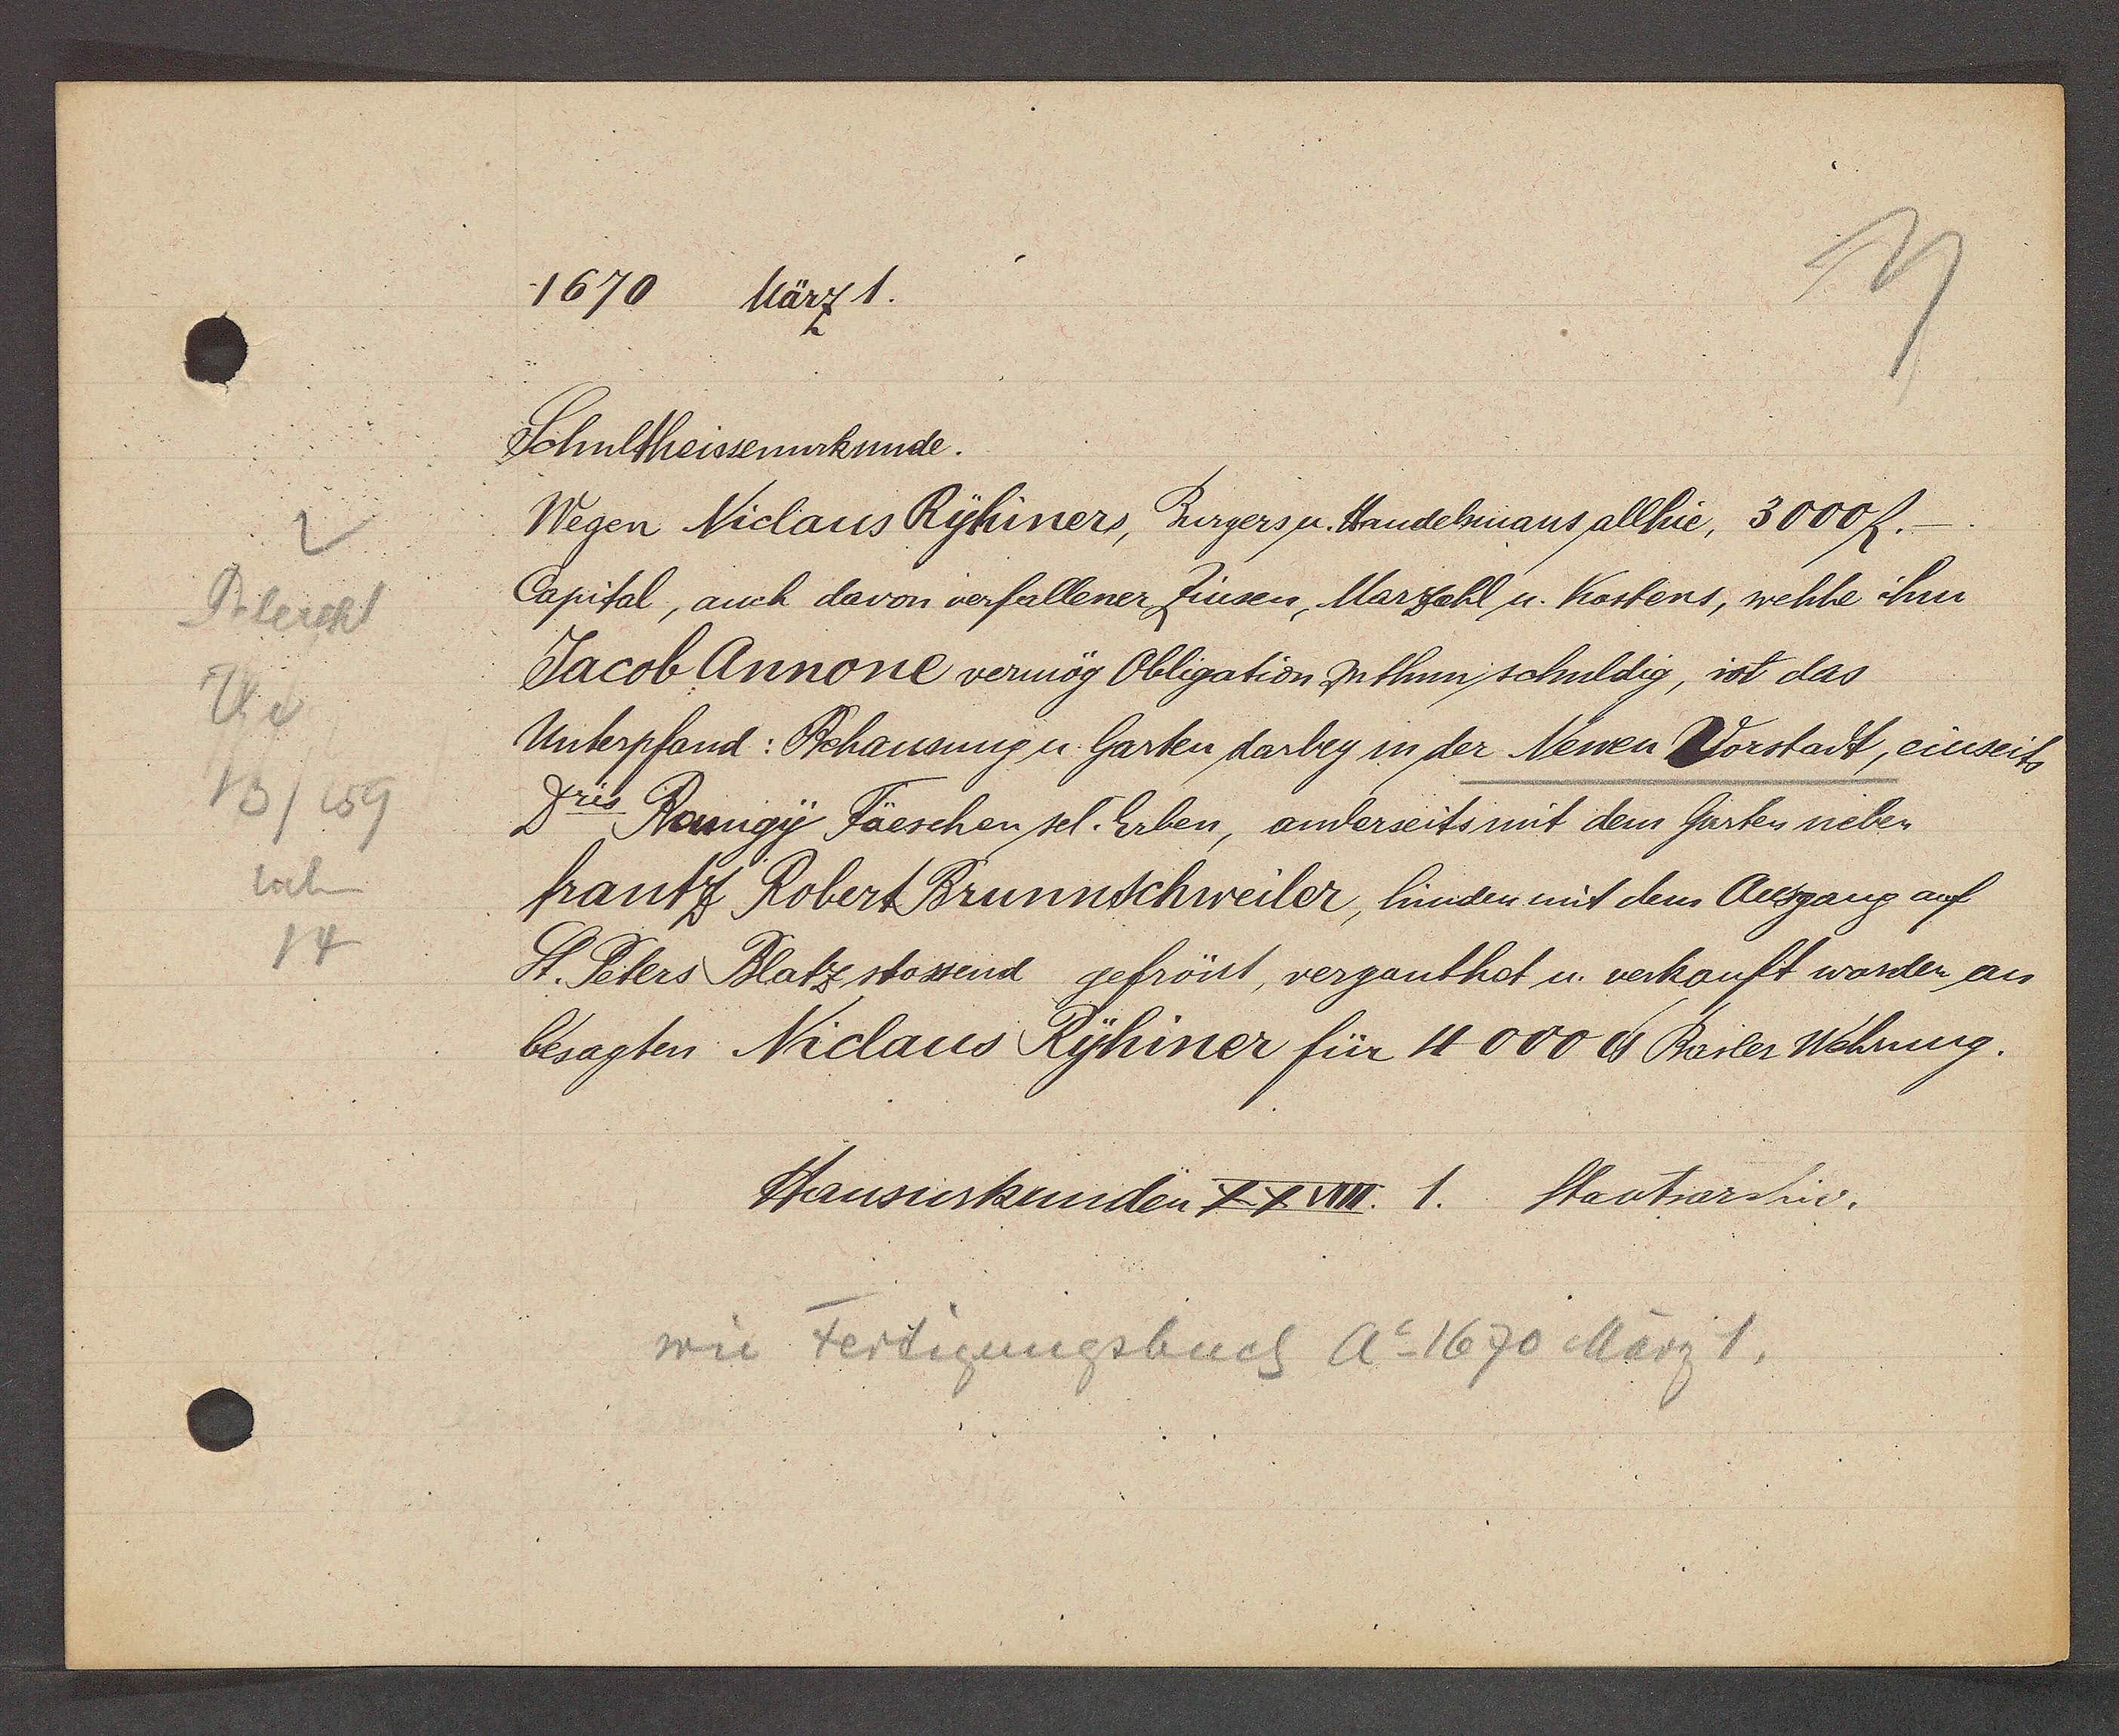
Transcript:
Peterspl
Th v
15/159
neben
14

1670
März 1.

Schultheissenurkunde.
Wegen Niclaus Ryhiner, Burgers u. Handelsmans allhie, 3000 ﬂ.
Capital, auch davon verfallener Zinsen, Marzahl u. Kostens, welche ihm
Jacob Annone vermög Obligation zuthun schuldig, ist das
Unterpfand: Behausung u. Garten darbey in der Newen Vorstadt, einseits
Remigy Fäeschen sel. Erben, anderseits mit dem Garten neben
frantz Robert Brunnschweiler, hinden mit dem Ausgang auf
St. Peters Blatz stossend gefrönt, verganthal u. verkauft worden an
besagten Niclaus Ryhiner für 4000 ℔ Basler Wehrung.

Hausurkunden XXVIII. 1. Staatsarchiv.

wie Fertigungsbuch Ao 1670 März 1.